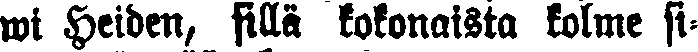
wi Heiden, sillä kokonaista kolme si-